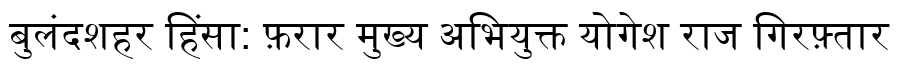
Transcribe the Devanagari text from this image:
बुलंदशहर हिंसा: फ़रार मुख्य अभियुक्त योगेश राज गिरफ़्तार